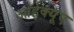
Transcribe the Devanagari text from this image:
आईक्यूए